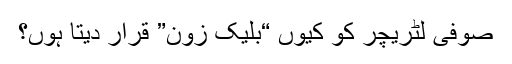
صوفی لٹریچر کو کیوں “بلیک زون” قرار دیتا ہوں؟